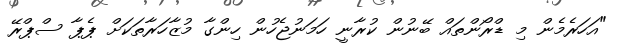
"އަހަރެމެން މި ޑްރޯންތައް ބޭނުން ކުރާނީ ހަމަނުޖެހުން ހިންގާ މުޒާހަރާތަކަށް ޕެޕާ ސްޕްރޭ